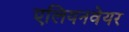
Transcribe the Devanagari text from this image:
एलियनवेयर